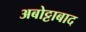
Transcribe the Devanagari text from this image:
अबोट्टाबाद